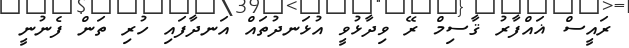
ރައީސް ޣައްފާރު ޤާސިމް ރޭ ވިދާޅުވީ އުޅަނދުތައް އަނދާފައި ހުރި ތަން ފެނުނީ